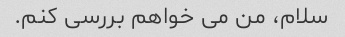
سلام، من می خواهم بررسی کنم.